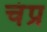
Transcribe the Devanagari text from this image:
चंप्र